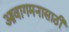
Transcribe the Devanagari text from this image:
आवागमनासाठी